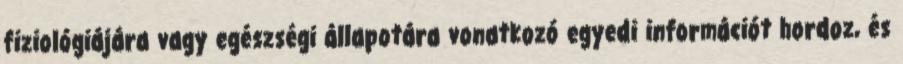
fiziológiájára vagy egészségi állapotára vonatkozó egyedi információt hordoz, és